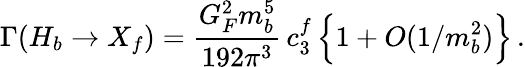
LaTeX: \Gamma(H_{b}\to X_{f})={\frac{G_{F}^{2}m_{b}^{5}}{192\pi^{3}}}\, c_{3}^{f}\, \Big\{ 1+O(1/m_{b}^{2})\Big\} \, .